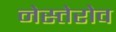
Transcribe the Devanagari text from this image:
नेस्तेरोव